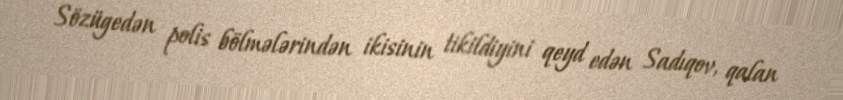
Sözügedən polis bölmələrindən ikisinin tikildiyini qeyd edən Sadıqov, qalan